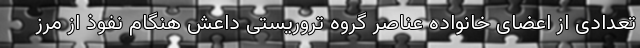
تعدادی از اعضای خانواده عناصر گروه تروریستی داعش هنگام نفوذ از مرز